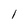
Character: 1